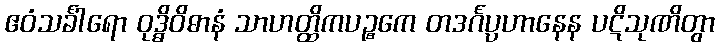
ဧဝံသင်္ခါရော ဝုဒ္ဓိဝိဓာနံ သာဟတ္ထိကပဉ္စကေ တဒင်္ဂပ္ပဟာနေန ပဋိသုဏိတွာ